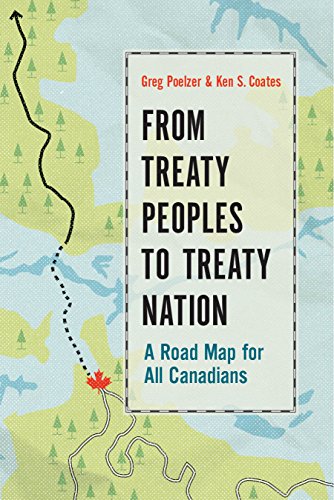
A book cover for From Treaty Peoples to Treaty Nation: A Road Map for All Canadians; Greg Poelzer; Law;